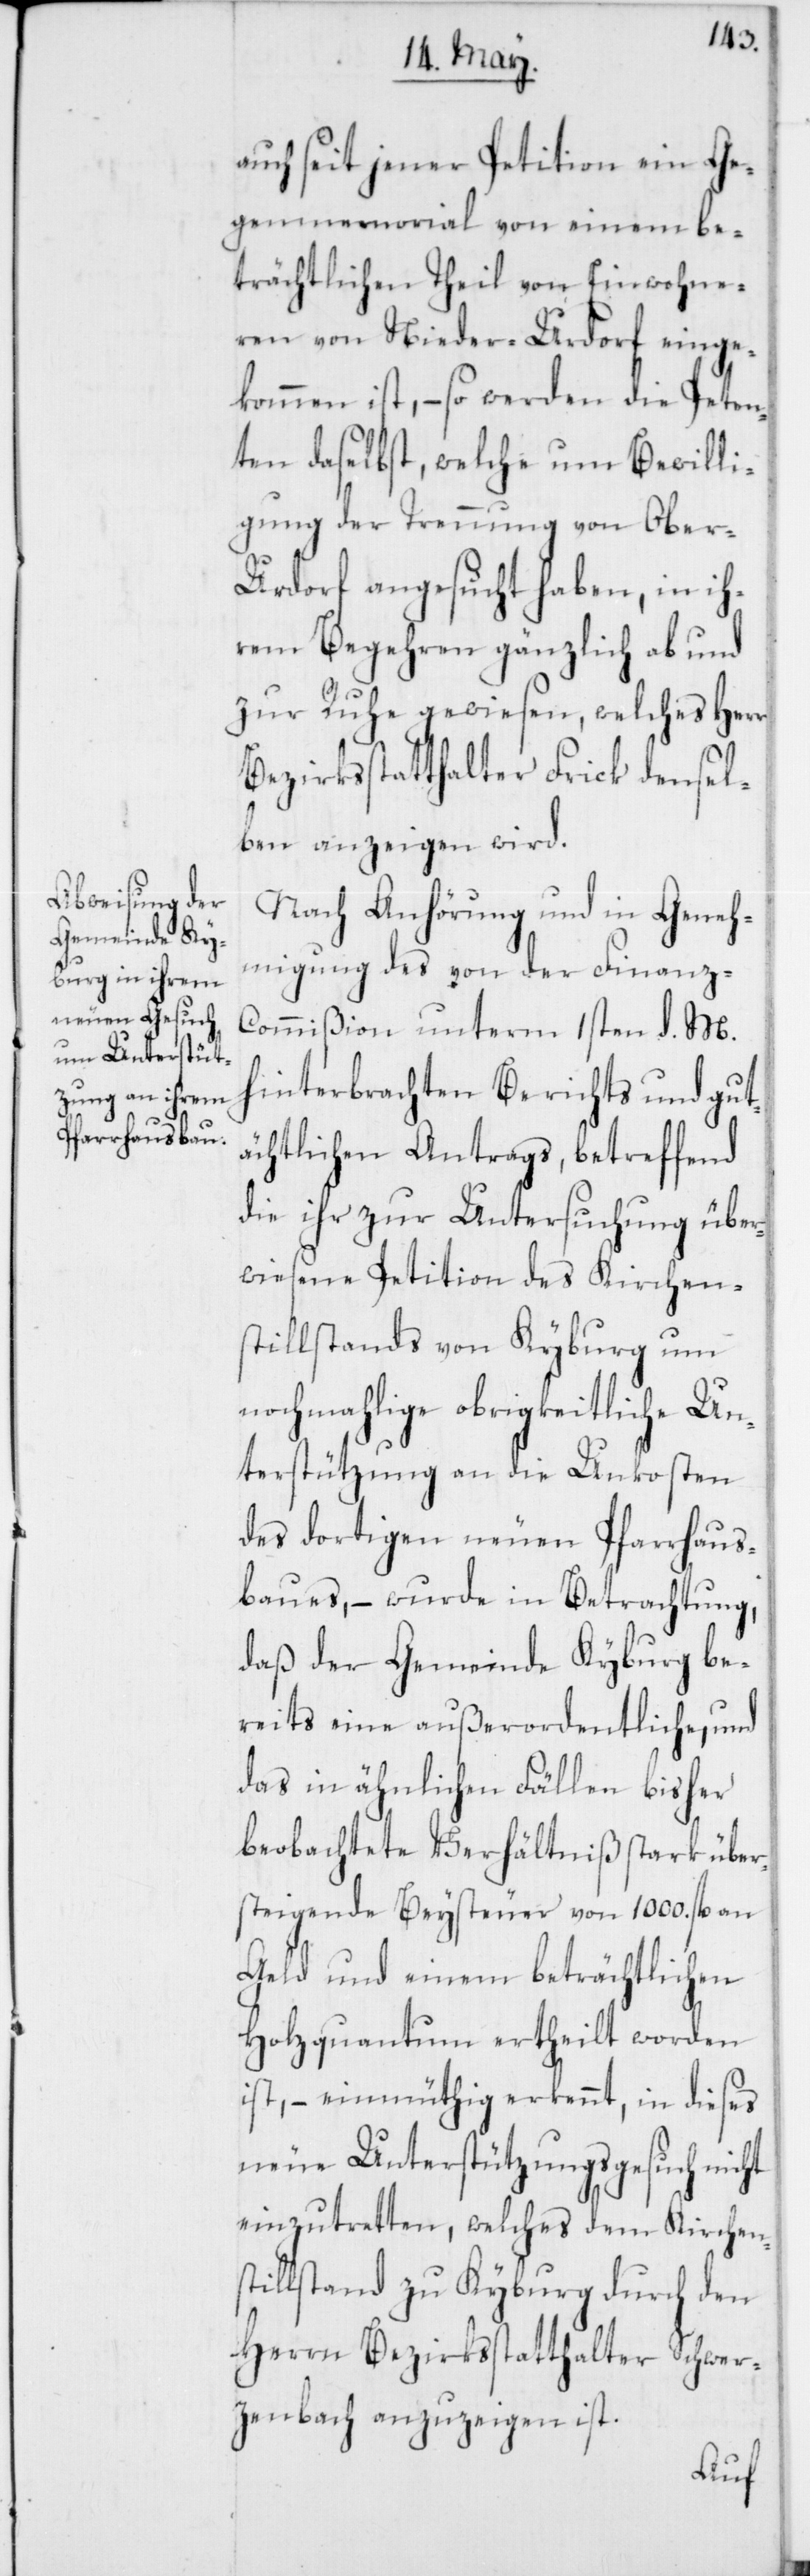
auch seit jener Petition ein Ge¬
genmemorial von einem be¬
trächtlichen Theil von Einwohne¬
ren von Nieder-Urdorf einge¬
kommen ist, – so werden die Peten¬
ten daselbst, welche um Bewilli¬
gung der Trennung von Ober-U¬
rdorf angesucht haben, in ih¬
rem Begehren gänzlich ab und
zur Ruhe gewiesen, welches Herr
Bezirksstatthalter Frick densel¬
ben anzeigen wird.
Nach Anhörung und in Geneh¬
migung des von der Finanz-C¬
ommißion unterm 1sten d. M.
hinterbrachten Berichts und gut¬
ächtlichen Antrags, betreffend
die ihr zur Untersuchung über¬
wiesene Petiton des Kirchen¬
stillstands von Kyburg um
nochmahlige obrigkeitliche Un¬
terstützung an die Unkosten
des dortigen neuen Pfarrhaus¬
baues, – wurde in Betrachtung,
daß der Gemeinde Kyburg be¬
reits eine außerordentliche, und
das in ähnlichen Fällen bisher
beobachtete Verhältnis stark über¬
steigende Beysteuer von 1000. fl. an
Geld und einem beträchtlichen
Holzquantum ertheilt worden
ist, – einmüthig erkennt, in dieses
neue Unterstützungsgesuch nicht
einzutretten, welches dem Kirchens¬
tillstand zu Kyburg durch den
Herrn Bezirksstatthalter Schwer¬
zenbach anzuzeigen ist.